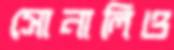
সোনালিও